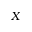
X